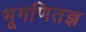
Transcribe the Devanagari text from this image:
भूगणितज्ञ